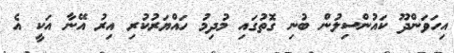
އިހަވަންދޫ ކައުންސިލުން ބުނި ގޮތުގައި މުދިމު ހައްޔަރުކުރި އިރު އޭނާ އަކީ އެ